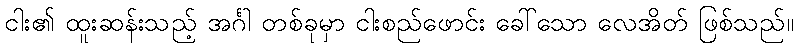
ငါး၏ ထူးဆန်းသည့် အင်္ဂါ တစ်ခုမှာ ငါးစည်ဖောင်း ခေါ်သော လေအိတ် ဖြစ်သည်။